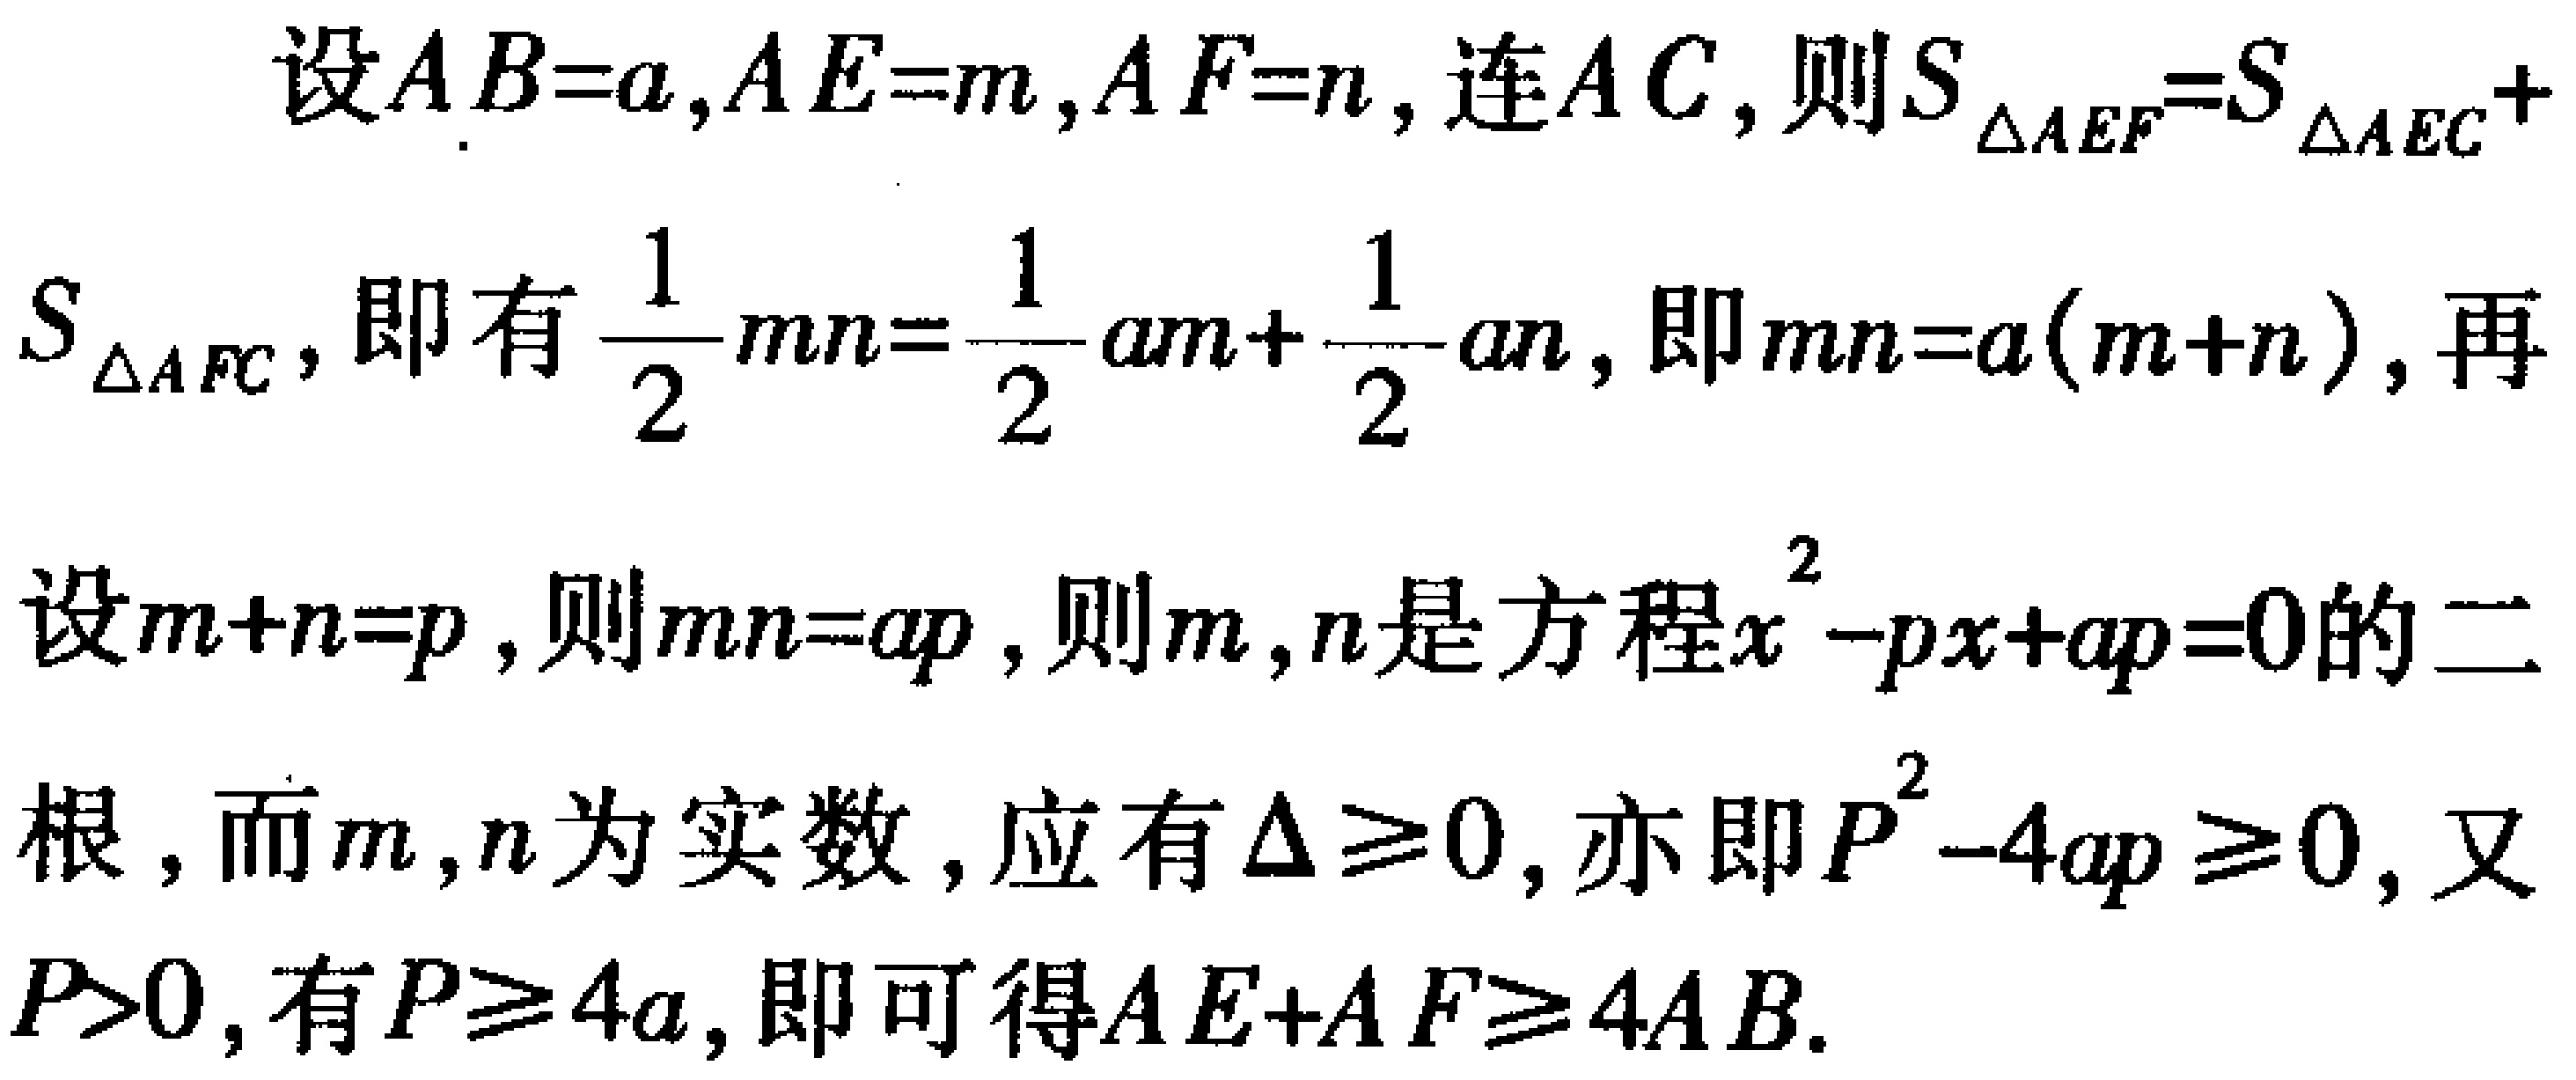
设\(AB = a,AE = m,AF = n\)，连\(AC\)，则\(S_{\triangle AEF}=S_{\triangle AEC}+S_{\triangle AFC}\)，即有\(\frac{1}{2}mn=\frac{1}{2}am+\frac{1}{2}an\)，即\(mn = a(m + n)\)，再设\(m + n = p\)，则\(mn = ap\)，则\(m,n\)是方程\(x^{2}-px + ap = 0\)的二根，而\(m,n\)为实数，应有\(\Delta\geq0\)，亦即\(p^{2}-4ap\geq0\)，又\(p>0\)，有\(p\geq4a\)，即可得\(AE + AF\geq4AB\)。